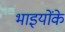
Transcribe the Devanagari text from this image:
भाइयोंके